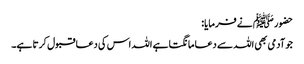
حضور ﷺ نے فرمایا:
جو آدمی بھی اللہ سے دعا مانگتا ہے اللہ اس کی دعا قبول کرتا ہے۔